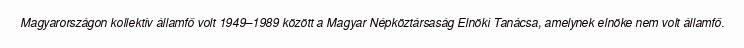
Magyarországon kollektív államfő volt 1949–1989 között a Magyar Népköztársaság Elnöki Tanácsa, amelynek elnöke nem volt államfő.